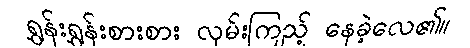
ရွှန်းရွှန်းစားစား လှမ်းကြည့် နေခဲ့လေ၏။